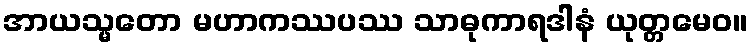
အာယသ္မတော မဟာကဿပဿ သာဓုကာရဒါနံ ယုတ္တမေဝ။